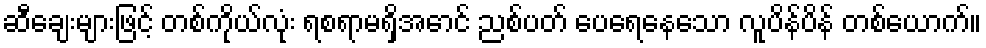
ဆီချေးများဖြင့် တစ်ကိုယ်လုံး ရစရာမရှိအောင် ညစ်ပတ် ပေရေနေသော လူပိန်ပိန် တစ်ယောက်။